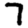
Digit: 7